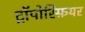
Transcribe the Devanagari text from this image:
ट्रॉपोस्फ़ियर